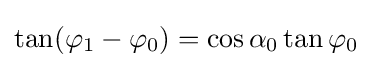
\tan(\varphi _{1}-\varphi _{0})=\cos \alpha _{0}\tan \varphi _{0}